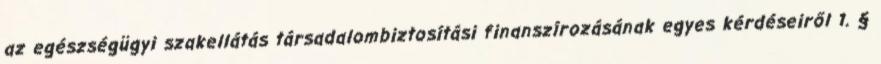
az egészségügyi szakellátás társadalombiztosítási finanszírozásának egyes kérdéseiről 1. §